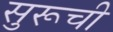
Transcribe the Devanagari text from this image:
सुरूची